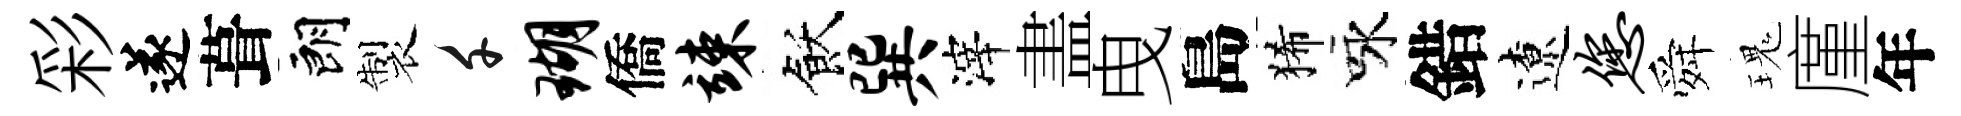
彩遂葺朗製千瑚僑竦飫巽滓𥁞曳島狶咏錯遼您舜瑰廑年